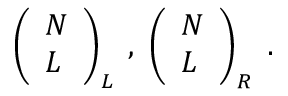
\left( \begin{array} { l } { { N } } \\ { { L } } \end{array} \right) _ { L } \; , \; \left( \begin{array} { l } { { N } } \\ { { L } } \end{array} \right) _ { R } \; .